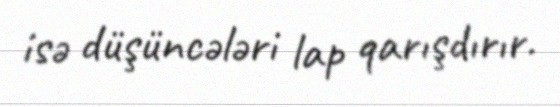
isə düşüncələri lap qarışdırır.